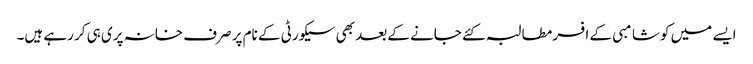
ایسے میں کوشامبی کے افسر مطالبہ کئے جانے کے بعد بھی سیکورٹی کے نام پر صرف خانہ پری ہی کر رہے ہیں۔